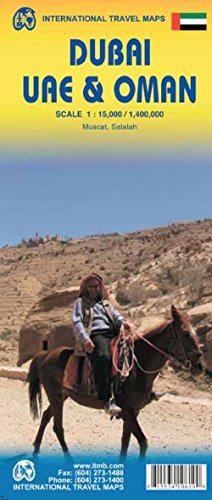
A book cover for Dubai/ UAE & Oman Map 1:15K/1.4M ITMB 2015**; ITMB Publishing LTD; Travel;